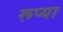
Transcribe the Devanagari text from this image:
रूप्या